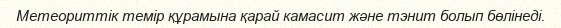
Метеориттік темір құрамына қарай камасит және тэнит болып бөлінеді.